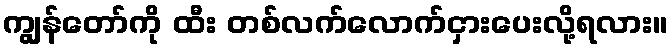
ကျွန်တော်ကို ထီး တစ်လက်လောက်ငှားပေးလို့ရလား။